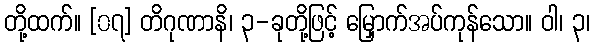
တို့ထက်။ [၀၇] တိဂုဏာနိ၊ ၃-ခုတို့ဖြင့် မြှောက်အပ်ကုန်သော။ ဝါ၊ ၃၊